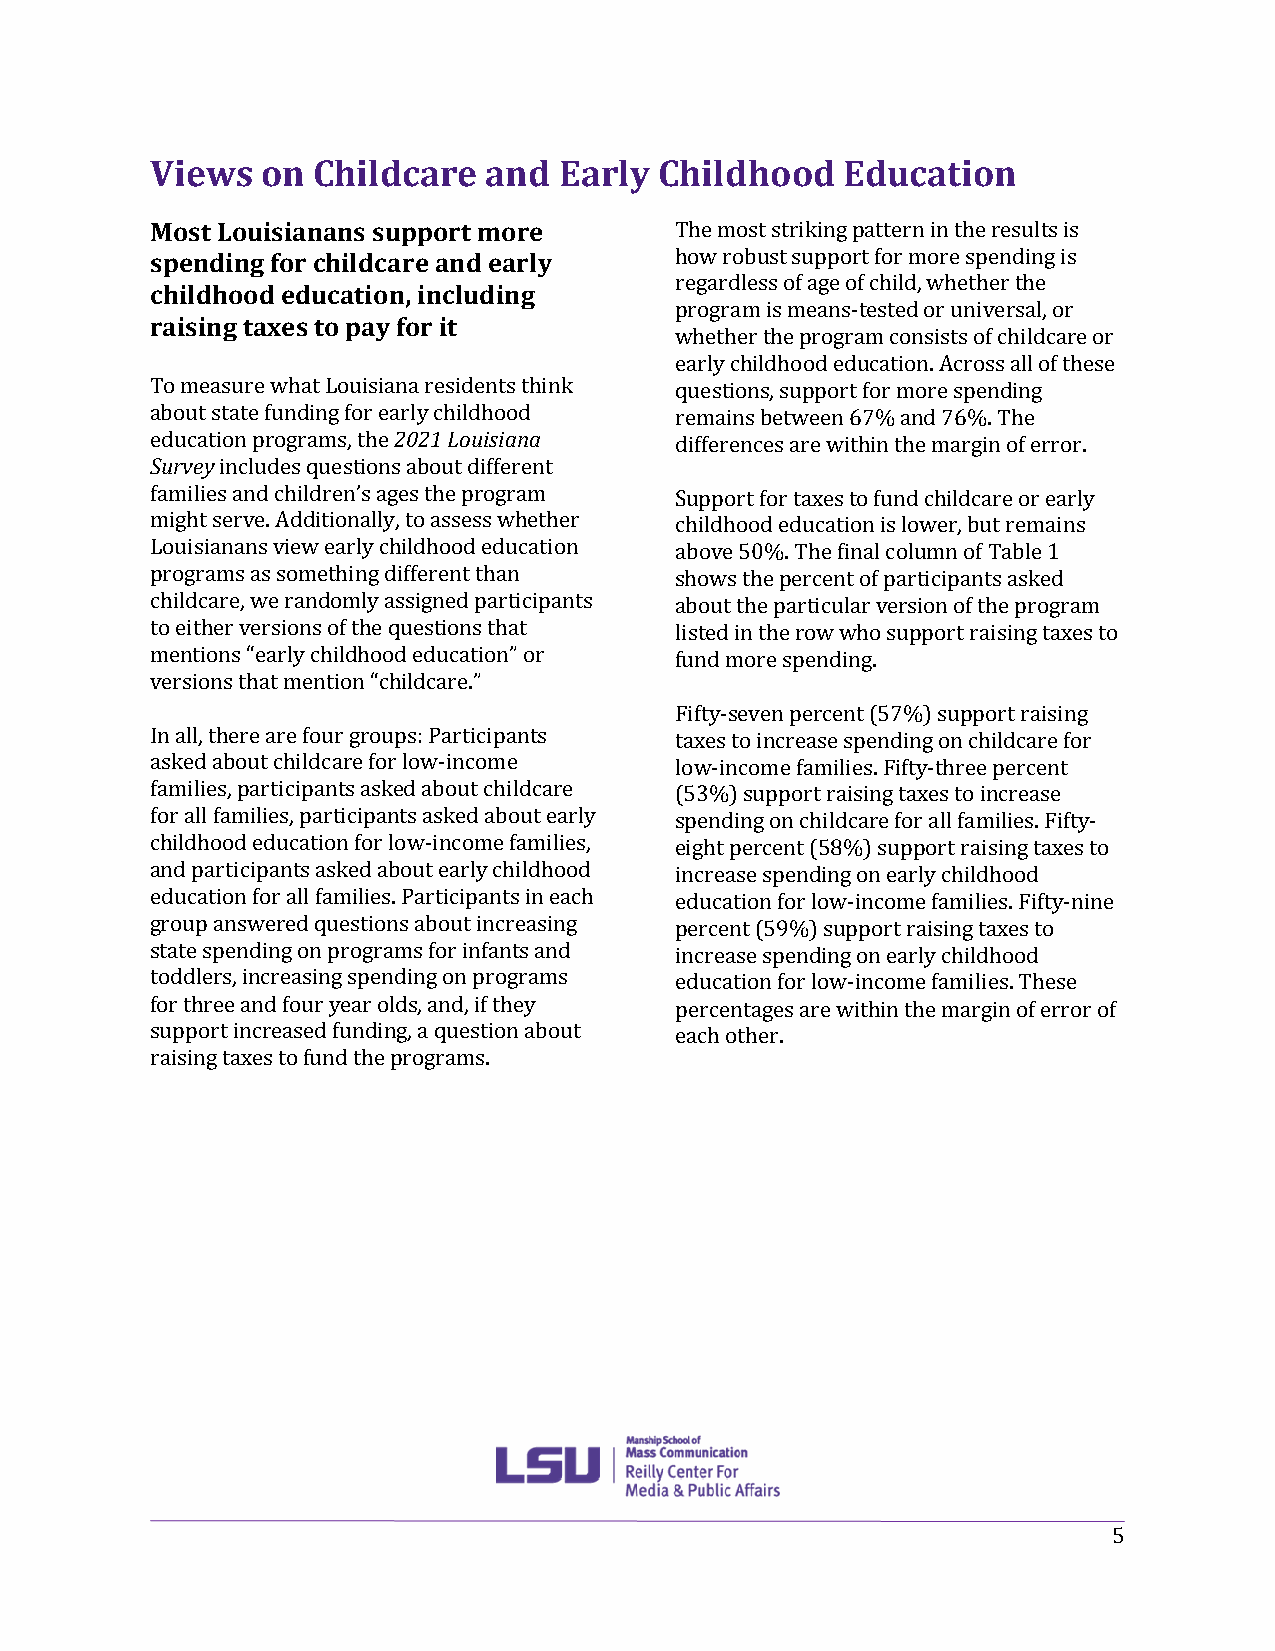
Views  on  Childcare  and  Early  Childhood   Education
 Most Louisianans support more      The most striking pattern in the results is
 spending for childcare and early   how robust support for more spending is
 regardless of age of child, whether the
 childhood education, including
 program is means-tested or universal, or
 raising taxes to pay for it
 whether the program consists of childcare or
 early childhood education. Across all of these
 To measure what Louisiana residents think questions, support for more spending
 about state funding for early childhood remains between 67% and 76%. The
 education programs, the 2021 Louisiana differences are within the margin of error.
 Survey includes questions about different
 families and children’s ages the program Support for taxes to fund childcare or early
 might serve. Additionally, to assess whether childhood education is lower, but remains
 Louisianans view early childhood education above 50%. The final column of Table 1
 programs as something different than shows the percent of participants asked
 childcare, we randomly assigned participants about the particular version of the program
 to either versions of the questions that listed in the row who support raising taxes to
 mentions “early childhood education” or fund more spending.
 versions that mention “childcare.”
 Fifty-seven percent (57%) support raising
 In all, there are four groups: Participants taxes to increase spending on childcare for
 asked about childcare for low-income low-income families. Fifty-three percent
 families, participants asked about childcare (53%) support raising taxes to increase
 for all families, participants asked about early spending on childcare for all families. Fifty-
 childhood education for low-income families, eight percent (58%) support raising taxes to
 and participants asked about early childhood increase spending on early childhood
 education for all families. Participants in each education for low-income families. Fifty-nine
 group answered questions about increasing percent (59%) support raising taxes to
 state spending on programs for infants and increase spending on early childhood
 toddlers, increasing spending on programs education for low-income families. These
 for three and four year olds, and, if they percentages are within the margin of error of
 support increased funding, a question about each other.
 raising taxes to fund the programs.
 5